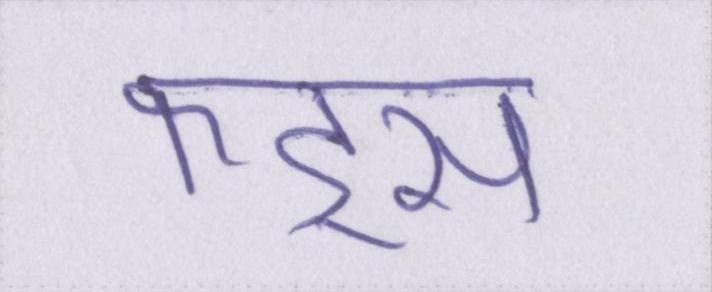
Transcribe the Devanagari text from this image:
फंड्स